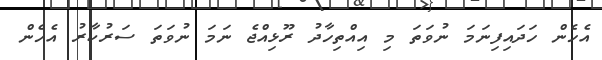
އެހެން ހަދައިފިނަމަ ނުވަތަ މި އިއްތިހާދު ރޫޅިއްޖެ ނަމަ ނުވަތަ ސަރުކާރު އެހެން